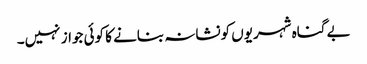
بے گناہ شہریوں کونشانہ بنانے کا کوئی جواز نہیں۔